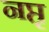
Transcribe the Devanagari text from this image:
नप्तृ